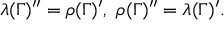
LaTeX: \lambda ( \Gamma ) ^ { \prime \prime } = \rho ( \Gamma ) ^ { \prime } , \, \, \rho ( \Gamma ) ^ { \prime \prime } = \lambda ( \Gamma ) ^ { \prime } .